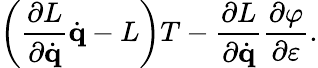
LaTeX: \left({\frac{\partial L}{\partial{\dot{\mathbf{q}}}}}{\dot{\mathbf{q}}}-L\right)T-{\frac{\partial L}{\partial{\dot{\mathbf{q}}}}}{\frac{\partial\varphi}{\partial\varepsilon}}.